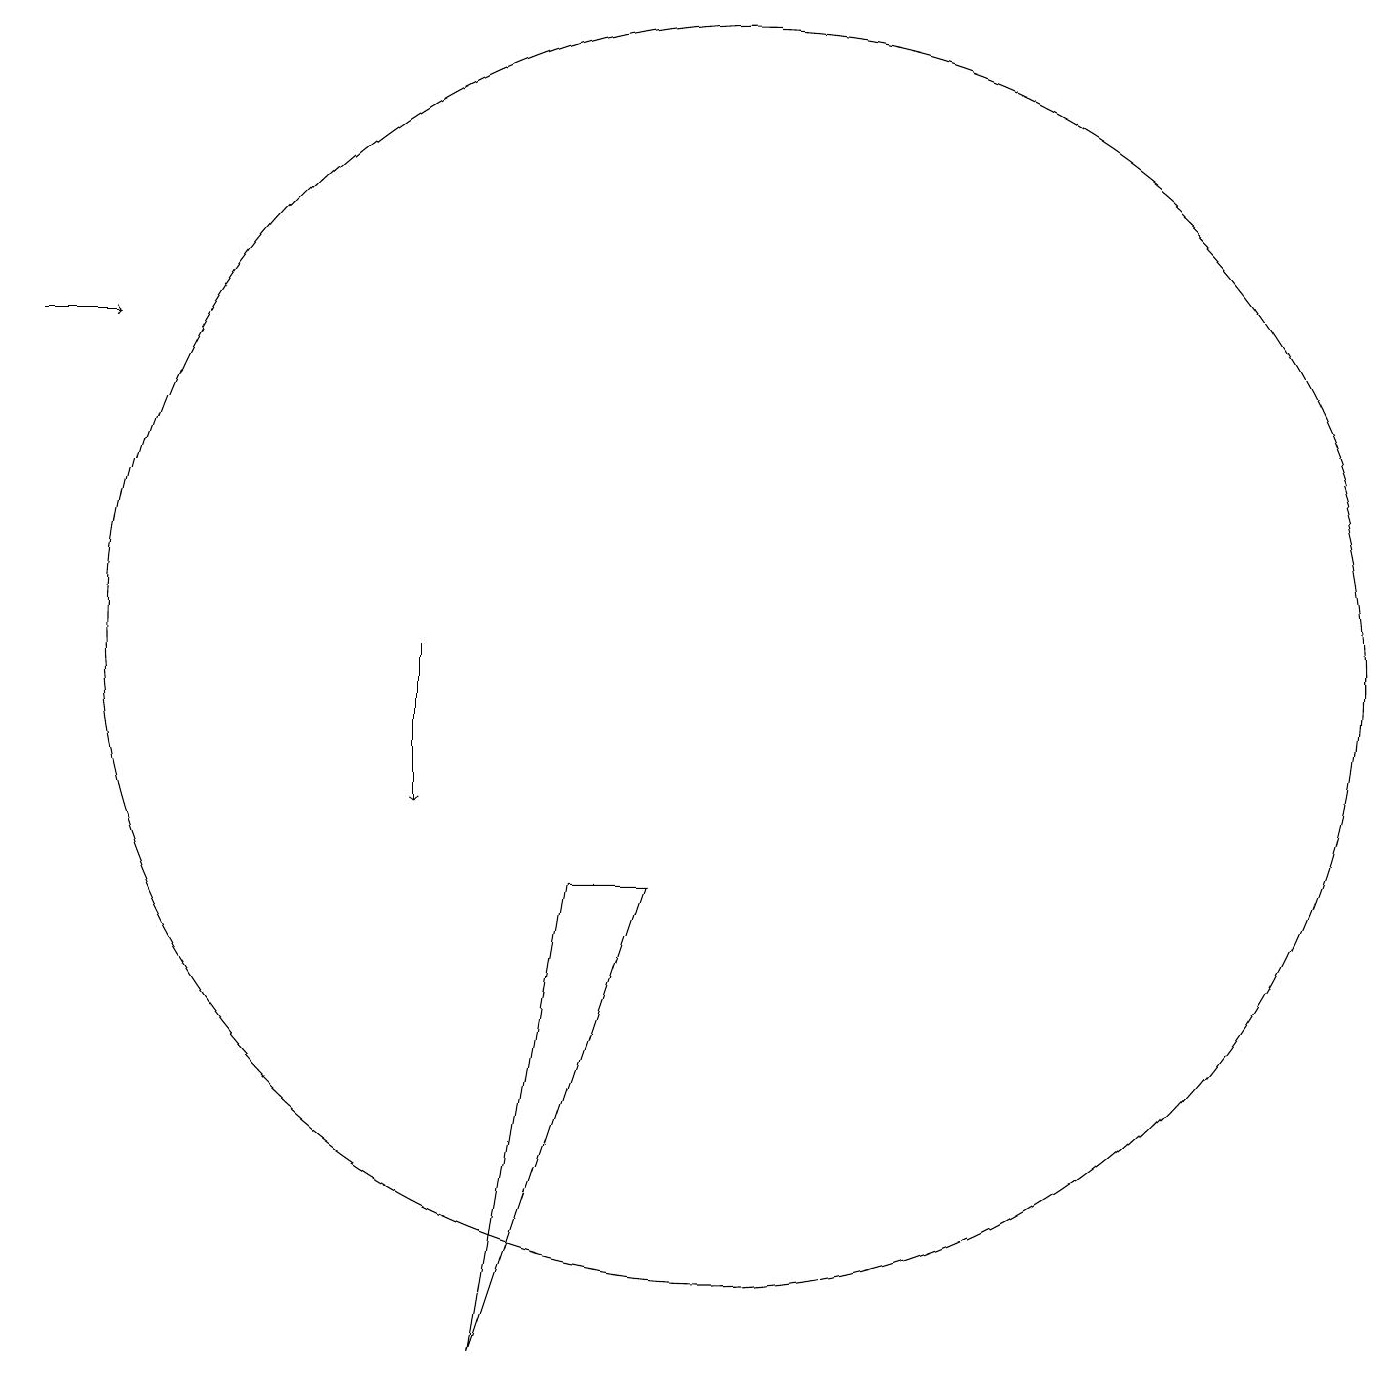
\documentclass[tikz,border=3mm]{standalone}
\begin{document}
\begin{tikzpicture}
\draw (10,12) circle (8);
\draw (9,9) -- (7,3) -- (8,9) -- cycle;
\draw[->] (6,12) -- (6,10);
\draw[->] (1,16) -- (2,16);
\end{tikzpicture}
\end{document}